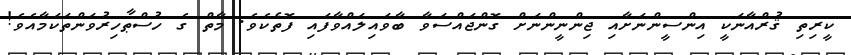
ކީރިތި ޤުރްއާނަކީ އިންސީންނަށާއި ޖިންނީންނަށް ގޮންޖައްސަވާ ބާވައިލައްވާފައި ފޮތެކެވެ. މާތް ގެ ހުސްޠާހިރުވަންތަކަމާއެވެ!